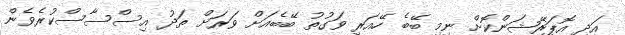
އަދި އޮޕަރޭޝަންކޮށް ނިމި ބޭބެ ހޭއަރި ވަގުތު ބޭބެއަށް ވަރަށް ތަދު އިސްސާސްކުރެވެން